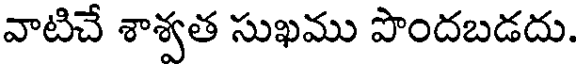
వాటిచే శాశ్వత సుఖము పొందబడదు.